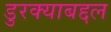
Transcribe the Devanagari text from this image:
डुरक्याबद्दल